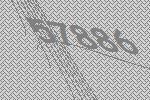
57886